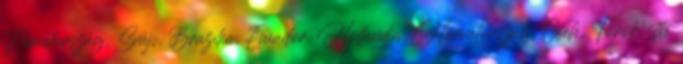
Németország, Svájc, Brazília, Ecuador, Hollandia, Horvátország, Cseh, Török, stb.